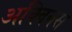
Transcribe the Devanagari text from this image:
अक्विनस